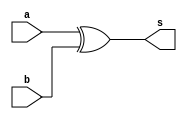
// ------------------------- 
// Exemplo0032 - complemento1 
// Nome: Gabriel Luiz M. G. Vieira 
// ------------------------- 
// ------------------------- 
// somador_gate 
// ------------------------- 

module C1 (output  s,
input  a, 
input  b);

xor XOR1 (s,a,b);

endmodule//C1 

module Zero (output  s,
input  a, 
input  b,
input c);

nor NOR1 (s,a,b,c);

endmodule//Zero 


module adder (output  s0, output s1,
input  a, 
input  b);

xor XOR1 (s0,a,b);
and AND1 (s1,a,b);

endmodule//adder

module fulladder (output  s0, output s1,
input  a, 
input  b,
input  c);
wire x,y,z;

adder AD1 (x,y,a,b);
adder AD2 (s0,z,x,c);
or OR1 (s1,z,y);

endmodule//fulladder

module somador (output  s0, output  s1, output  s2, output  s3, output zero,
input  [3:0] a, 
input  [3:0] b,
input c);

wire w,p,q,r;
fulladder FA1(s0,w,a[0],b[0],c);
fulladder FA2(s1,p,a[1],b[1],w);
fulladder FA3(s2,q,a[2],b[2],p);
fulladder FA4(s3,r,a[3],b[3],q);

Zero Z1(zero,s0,s1,s2);

endmodule//somador

module test_somador; 
// ------------------------- definir dados 
reg [3:0] y,z;  
reg c;
wire g,h,i,j,k;
somador modulo1 (g,h,i,j,k,y,z,c);
// ------------------------- parte principal 
initial begin 
$display("Exemplo0032 - Gabriel Luiz M. G. Vieira - 441691"); 
$display("Test LU's module"); 
y = 4'b0000; z = 4'b0000; c = 'b0;
// projetar testes do modulo 
#1 $monitor("%4b  %4b  %1b = %1b %4b%4b%4b%4b ",y,z,c,k,j,i,h,g);
#1 y = 4'b0001; z = 4'b0000; c = 'b0;
#1 y = 4'b0001; z = 4'b0001; c = 'b0;
#1 y = 4'b0010; z = 4'b0001; c = 'b0;
#1 y = 4'b0010; z = 4'b0010; c = 'b0;
#1 y = 4'b0011; z = 4'b0010; c = 'b0;
#1 y = 4'b0011; z = 4'b0011; c = 'b0;
#1 y = 4'b0100; z = 4'b0011; c = 'b0;
#1 y = 4'b0100; z = 4'b0100; c = 'b0;
#1 y = 4'b0101; z = 4'b0100; c = 'b0;
#1 y = 4'b0101; z = 4'b0101; c = 'b0;
#1 y = 4'b0110; z = 4'b0101; c = 'b0;
#1 y = 4'b0110; z = 4'b0110; c = 'b0;
#1 y = 4'b0111; z = 4'b0110; c = 'b0;
#1 y = 4'b0111; z = 4'b0111; c = 'b0;
#1 y = 4'b1000; z = 4'b0111; c = 'b0;
#1 y = 4'b1000; z = 4'b1000; c = 'b0;
#1 y = 4'b1001; z = 4'b1000; c = 'b0;
#1 y = 4'b1001; z = 4'b1001; c = 'b0;
#1 y = 4'b1010; z = 4'b1001; c = 'b0;
#1 y = 4'b1010; z = 4'b1010; c = 'b0;
#1 y = 4'b1011; z = 4'b1010; c = 'b0;
#1 y = 4'b1011; z = 4'b1011; c = 'b0;
#1 y = 4'b1100; z = 4'b1011; c = 'b0;
#1 y = 4'b1100; z = 4'b1100; c = 'b0;
#1 y = 4'b1101; z = 4'b1100; c = 'b0;
#1 y = 4'b1101; z = 4'b1101; c = 'b0;
#1 y = 4'b1110; z = 4'b1101; c = 'b0;
#1 y = 4'b1110; z = 4'b1110; c = 'b0;
#1 y = 4'b1111; z = 4'b1110; c = 'b0;
#1 y = 4'b1111; z = 4'b1111; c = 'b0;
end 
endmodule // test_somador